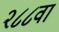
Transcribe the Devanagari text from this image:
२८८वां